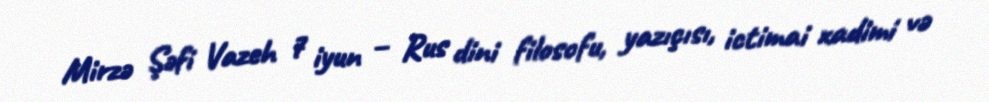
Mirzə Şəfi Vazeh 7 iyun – Rus dini filosofu, yazıçısı, ictimai xadimi və